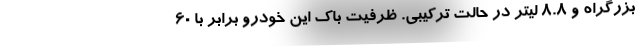
بزرگراه و 8.8 لیتر در حالت ترکیبی. ظرفیت باک این خودرو برابر با 60